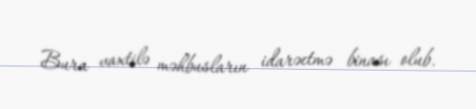
Bura vaxtilə məhbusların idarəetmə binası olub.